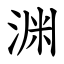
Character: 渊